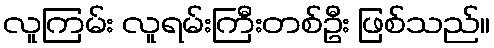
လူကြမ်း လူရမ်းကြီးတစ်ဦး ဖြစ်သည်။